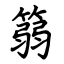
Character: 篛